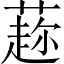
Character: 𦼜